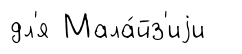
дл'я Мала́йз'иjи